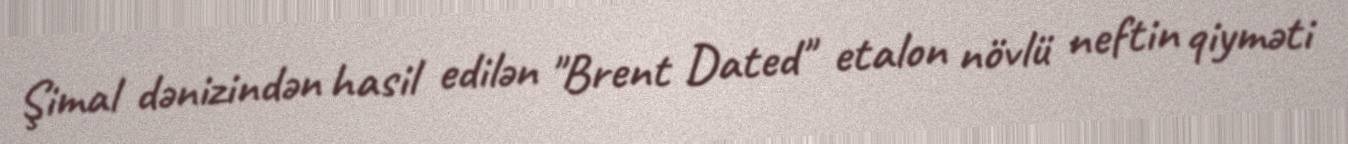
Şimal dənizindən hasil edilən "Brent Dated" etalon növlü neftin qiyməti